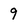
Character: 9